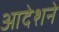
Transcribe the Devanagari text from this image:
आदेशने